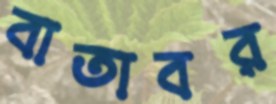
বাতাবর